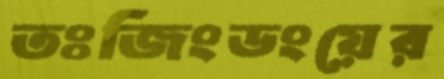
তঃজিংডংয়ের